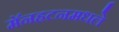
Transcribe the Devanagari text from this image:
मॅनहटनमधले